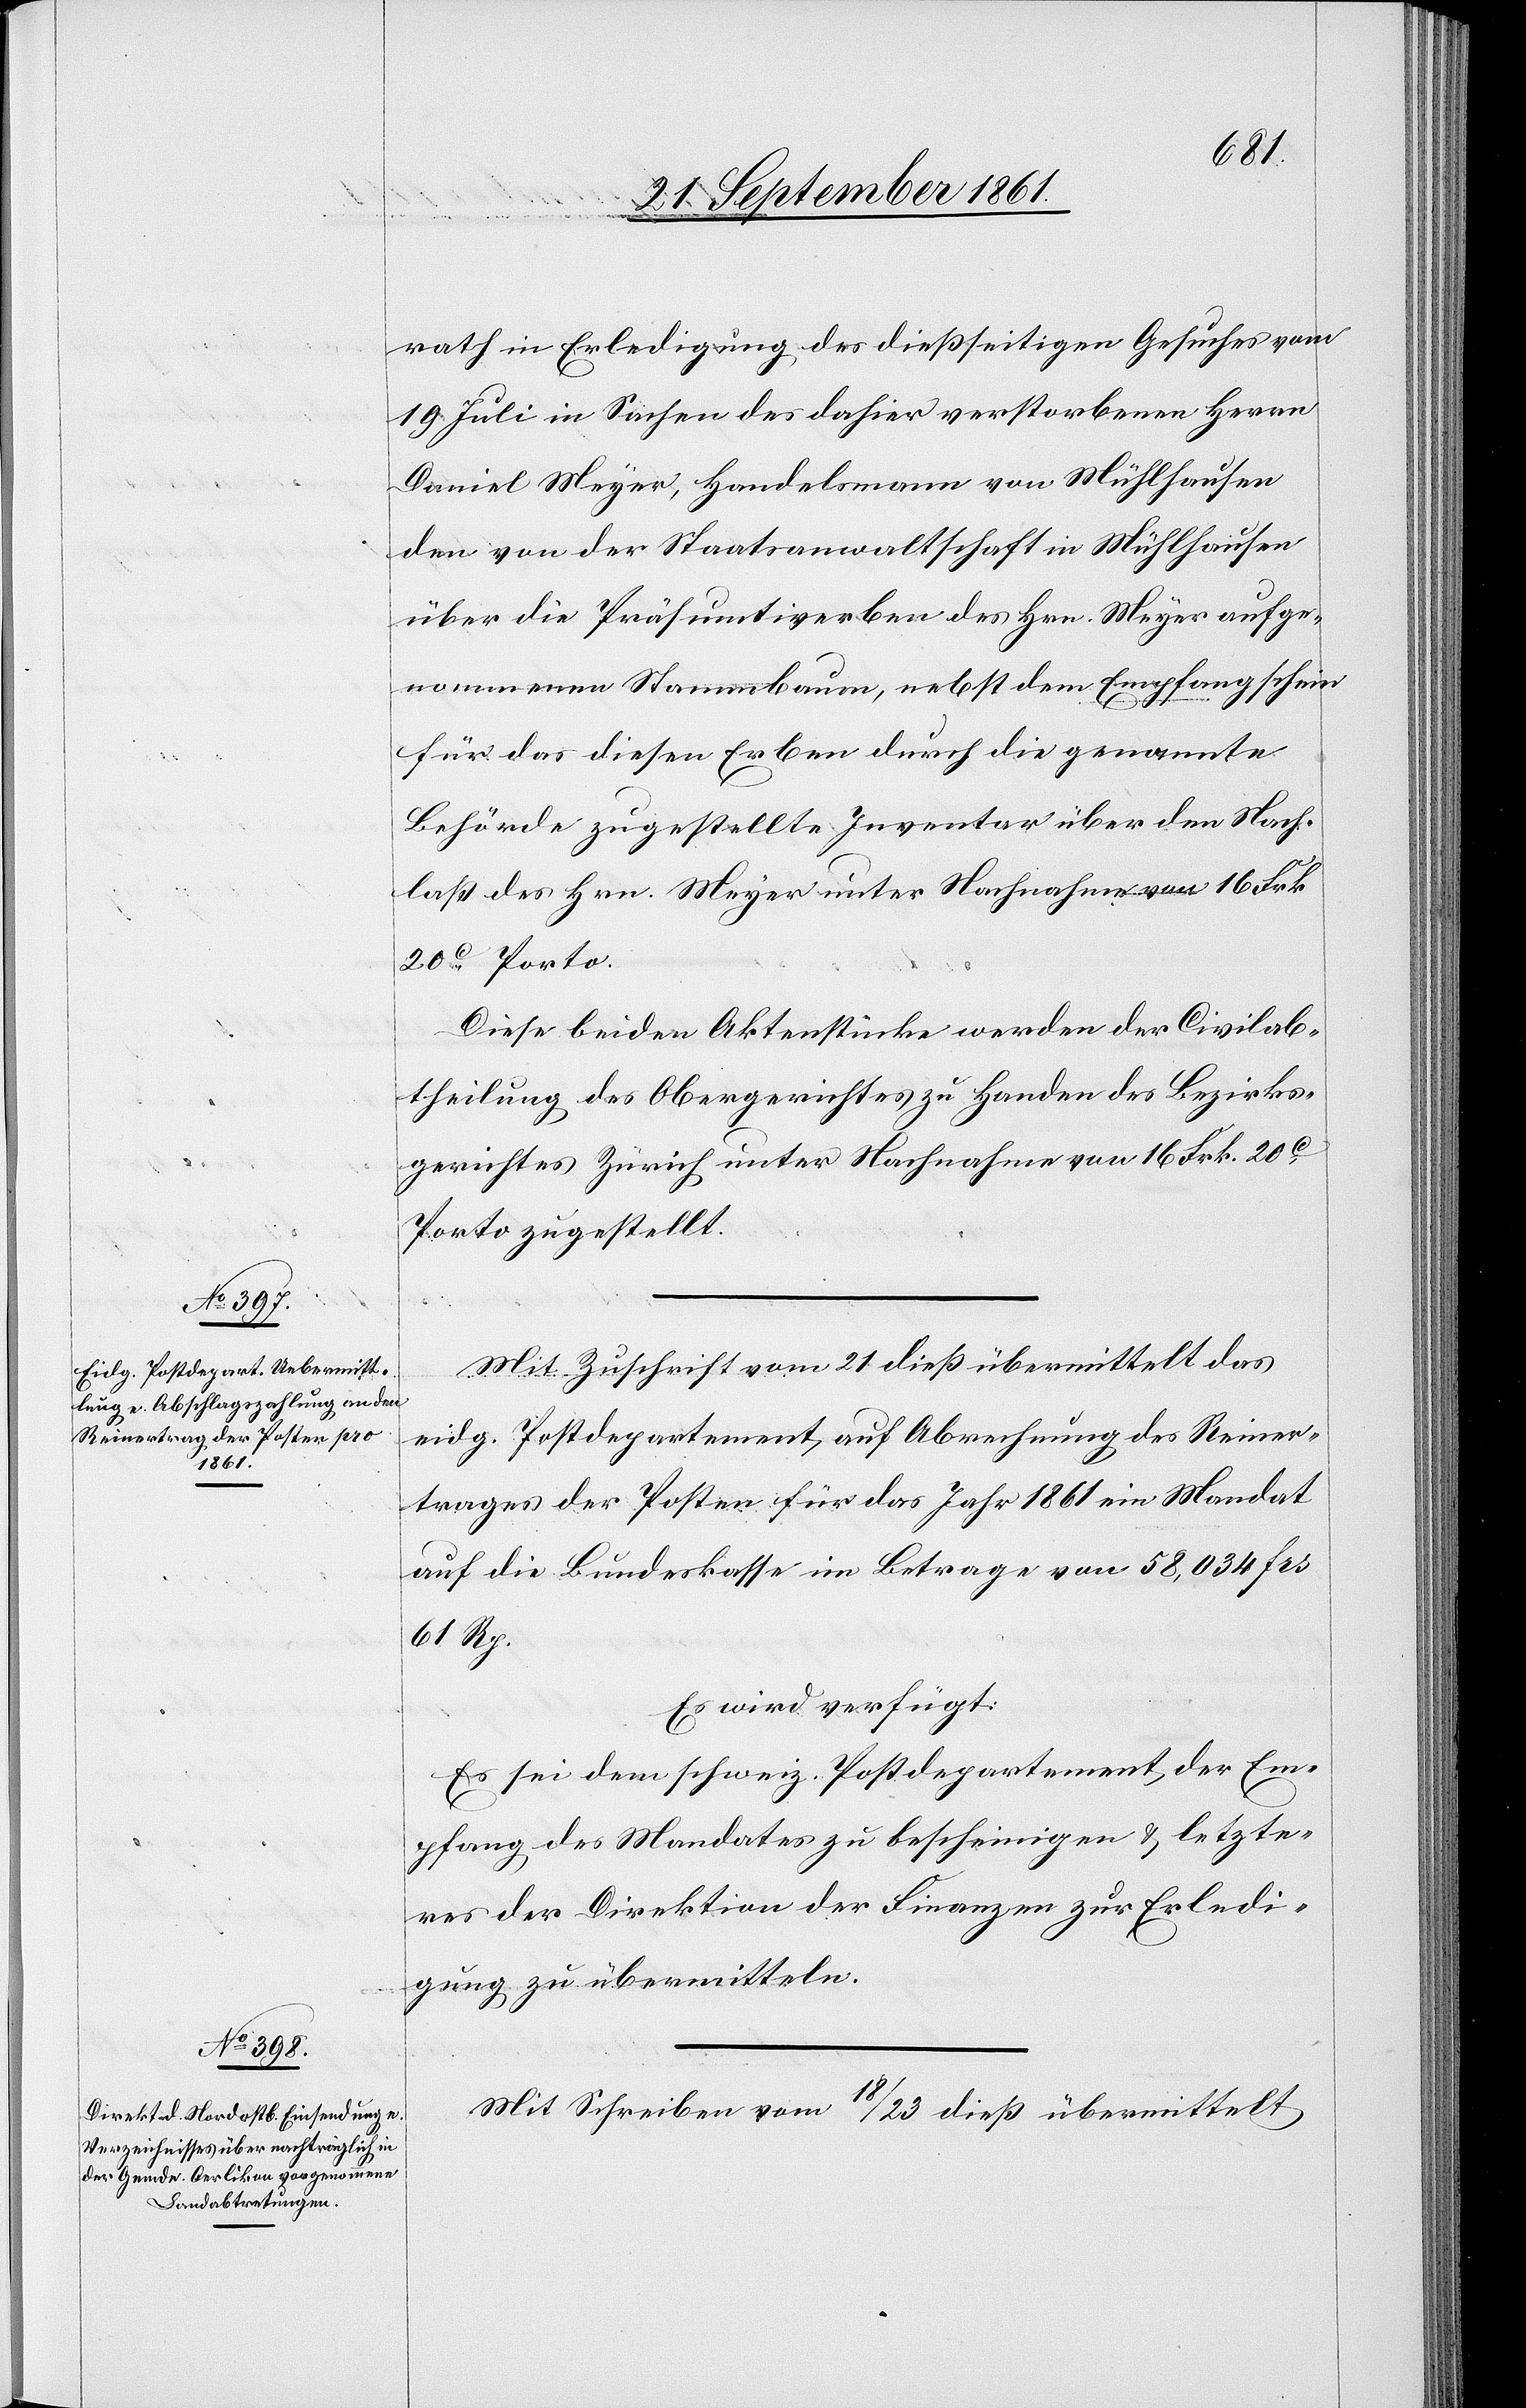
23 September 1861.]
rath in Erledigung des dießseitigen Gesuches vom
19 Juli in Sachen des dahier verstorbenen Herrn
Daniel Meyer [sic!], Handelsmann von Mühlhausen
den von der Staatsanwaltschaft in Mühlhausen
über die Präsumtiverben des Hrn. Meyer aufge¬
nommenen Stammbaum, nebst dem Empfangschein
für das diesen Erben durch die genannte
Behörde zugestellte Inventar über den Nach¬
laß des Hrn. Meyer unter Nachnahme von 16 Frk.
20c Porto.
Diese beiden Aktenstücke werden der Civilab¬
theilung des Obergerichtes zu Handen des Bezirks¬
gerichtes Zürich unter Nachnahme von 16 Frk. 20c
Porto zugestellt.
Mit Zuschrift vom 21 dieß übermittelt das
eidg. Postdepartement, auf Abrechnung des Reiner¬
trages der Posten für das Jahr 1861 ein Mandat
auf die Bundeskasse im Betrage von 58,034 frs
61 Rp.
Es wird verfügt:
Es sei dem schweiz. Postdepartement der Em¬
pfang des Mandates zu bescheinigen u. letzte¬
res der Direktion der Finanzen zur Erledi¬
gung zu übermitteln.
Mit Schreiben vom 18 / 23 dieß übermittelt